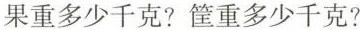
果重多少千克?筐重多少千克?